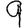
Digit: 9